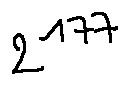
2 ^ { 1 7 7 }